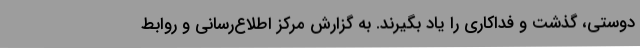
دوستی، گذشت و فداکاری را یاد بگیرند. به گزارش مرکز اطلاع‌رسانی و روابط